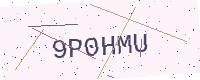
Text: 9P0HMU